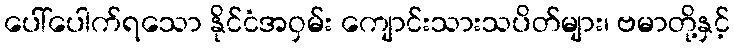
ပေါ်ပေါက်ရသော နိုင်ငံအဝှမ်း ကျောင်းသားသပိတ်များ၊ ဗမာတို့နှင့်